Annual administration report of the Civil Veterinary Department of India - 1896-1897
Year: 1896
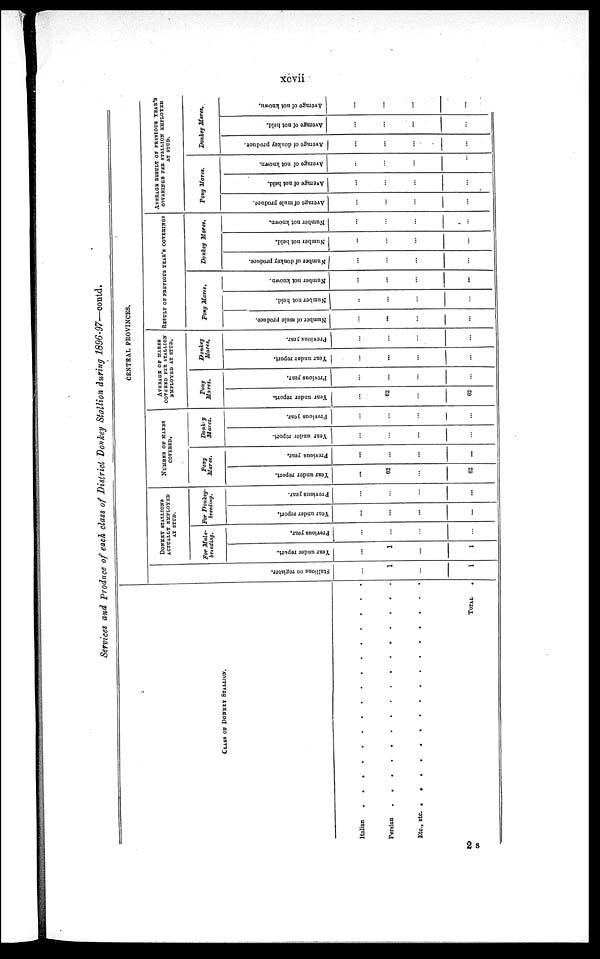
xcvii
Services and Produce of each class of District Donkey Stallion during 1896-97—contd.
CLASS OF DONKEY STALLION.
Italian
.
.
.
.
.
.
.
.
.
.
.
.
.
.
.
.
Persian
.
.
.
.
.
.
.
.
.
.
.
.
.
.
.
.
Etc., etc.
.
.
.
.
.
.
.
.
.
.
.
.
.
.
.
.
TOTAL .
CENTRAL PROVINCES.
Stallions on register.
...
1
...
1
DONKEY STALLIONS
ACTUALLY EMPLOYED
AT STUD.
For Mule-
breeding.
Year under report.
...
1
...
1
Previous year.
...
...
...
...
For Donkey-
breeding.
Year under report.
...
...
...
...
Previous year.
...
...
...
...
NUMBER OF MARES
COVERED.
Pony
Mares.
Year under report.
...
62
...
62
Previous year.
...
...
...
...
Donkey
Mares.
Year under report.
...
...
...
...
Previous year.
...
...
...
...
AVERAGE OF MARES
COVERED PER STALLION
EMPLOYED AT STUD.
Pony
Mares.
Year under report.
...
62
...
62
Previous year,
...
...
...
...
Donkey
Mares.
Year under report.
...
...
...
...
Previous year.
...
...
...
...
RESULT OF PREVIOUS YEAR'S COVERINGS
Pony Mares.
Number of mule produce.
...
...
...
...
Number not held.
..
...
...
...
Number not known.
...
...
...
...
Donkey Mares.
Number of donkey produce.
...
...
...
...
Number not held.
...
...
...
...
Number not known.
...
...
...
...
AVERAGE RESULT OF PREVIOUS YEAR'S
COVERINGS PER STALLION EMPLOYED
AT STUD
Pony Mares.
Average of mule produce.
...
...
...
...
Average of not held.
...
...
...
...
Average of not known.
...
...
...
...
Donkey Mares.
Average of donkey produce.
...
...
...
...
Average of not held.
...
...
...
...
Average of not known.
...
...
...
...